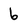
Character: 6